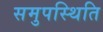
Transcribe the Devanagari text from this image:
समुपस्थिति